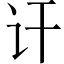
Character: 讦